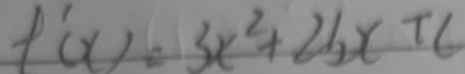
f ^ { \prime } ( x ) = 3 x ^ { 2 } + 2 b x + 6